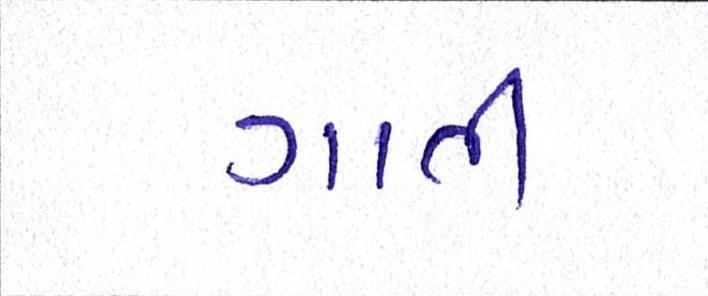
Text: ગાતી